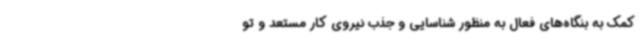
کمک به بنگاه‌های فعال به منظور شناسایی و جذب نیروی کار مستعد و تو